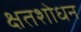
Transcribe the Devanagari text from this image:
क्षतशोधन